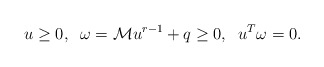
\begin{align*}u\geq 0,\;\; \omega =\mathcal{M}u^{r-1}+q \geq 0,\;\; u^T \omega= 0.\end{align*}